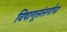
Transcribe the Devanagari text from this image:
विषाणूसंसर्गाचा